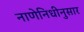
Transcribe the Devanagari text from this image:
नाणेनिधीनुसार